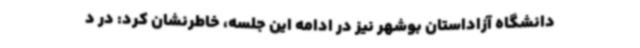
دانشگاه آزاداستان بوشهر نیز در ادامه این جلسه، خاطرنشان کرد: در د